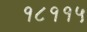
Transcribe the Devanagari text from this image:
१८११५